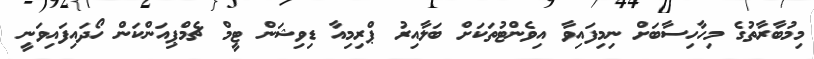
މިމުބާރާތުގެ މިހާހިސާބަށް ނިމިފައިވާ އިވެންޓުތަކަށް ބަލާއިރު ޕްރިމިއާ ޑިވިޝަން ޓީމް ޗެމްޕިއަންކަން ހޯދައިފައިވަނީ